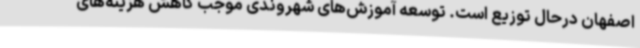
اصفهان درحال توزیع است. توسعه آموزش‌های شهروندی موجب کاهش هزینه‌های